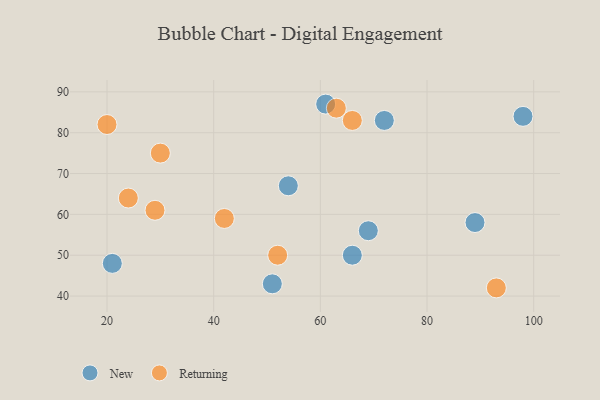
{"axis": {"x": "GDP", "y": "Life Expectancy"}, "legend": ["New", "Returning"], "data": [{"x": "54", "y": 67, "type": "New"}, {"x": "61", "y": 87, "type": "New"}, {"x": "21", "y": 48, "type": "New"}, {"x": "69", "y": 56, "type": "New"}, {"x": "72", "y": 83, "type": "New"}, {"x": "89", "y": 58, "type": "New"}, {"x": "51", "y": 43, "type": "New"}, {"x": "98", "y": 84, "type": "New"}, {"x": "66", "y": 50, "type": "New"}, {"x": "42", "y": 59, "type": "Returning"}, {"x": "20", "y": 82, "type": "Returning"}, {"x": "63", "y": 86, "type": "Returning"}, {"x": "66", "y": 83, "type": "Returning"}, {"x": "30", "y": 75, "type": "Returning"}, {"x": "24", "y": 64, "type": "Returning"}, {"x": "52", "y": 50, "type": "Returning"}, {"x": "93", "y": 42, "type": "Returning"}, {"x": "29", "y": 61, "type": "Returning"}]}